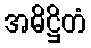
အဓိဋ္ဌိတံ